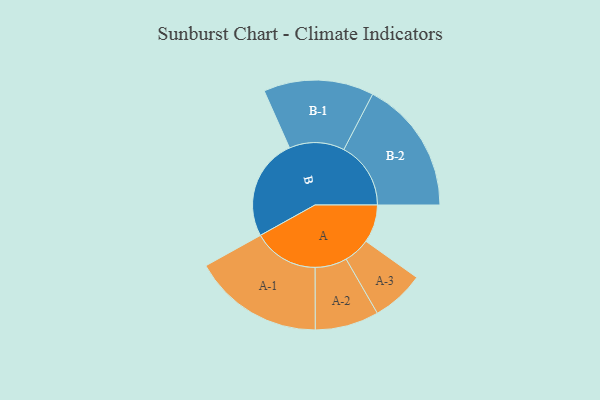
{"axis": {"x": "Segment", "y": "Value"}, "legend": ["", "A", "B"], "data": [{"x": "A", "y": 170, "type": ""}, {"x": "B", "y": 456, "type": ""}, {"x": "A-1", "y": 293, "type": "A"}, {"x": "A-2", "y": 143, "type": "A"}, {"x": "A-3", "y": 118, "type": "A"}, {"x": "B-1", "y": 247, "type": "B"}, {"x": "B-2", "y": 300, "type": "B"}]}